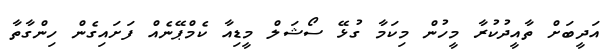
އަދީބަށް ތާއީދުކުރާ މީހުން މިކަމާ ގުޅޭ ސޯޝަލް މީޑިއާ ކެމްޕޭނެއް ފަށައިގެން ހިންގާތާ